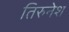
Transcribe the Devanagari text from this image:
तिरुनेश